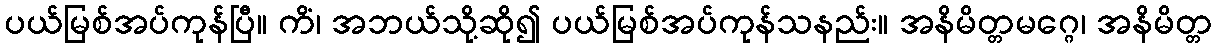
ပယ်မြစ်အပ်ကုန်ပြီ။ ကိံ၊ အဘယ်သို့ဆို၍ ပယ်မြစ်အပ်ကုန်သနည်း။ အနိမိတ္တမဂ္ဂေ၊ အနိမိတ္တ